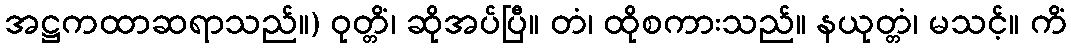
အဋ္ဌကထာဆရာသည်။) ဝုတ္တိံ၊ ဆိုအပ်ပြီ။ တံ၊ ထိုစကားသည်။ နယုတ္တံ၊ မသင့်။ ကိံ